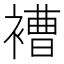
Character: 褿